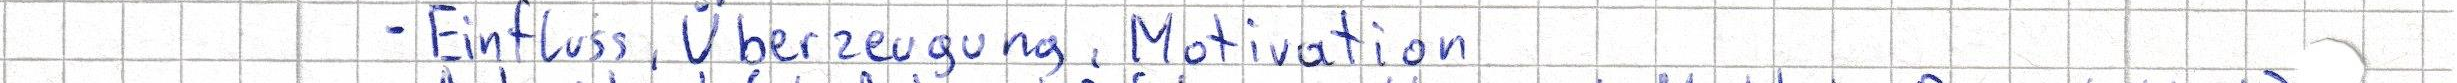
- Einfluss, Überzeugung, Motivation